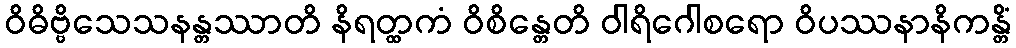
ဝိဓိဗ္ဗိသေသနန္တဿာတိ နိရတ္ထကံ ဝိစိန္တေတိ ဝါရိဂေါစရော ဝိပဿနာနိကန္တိံ